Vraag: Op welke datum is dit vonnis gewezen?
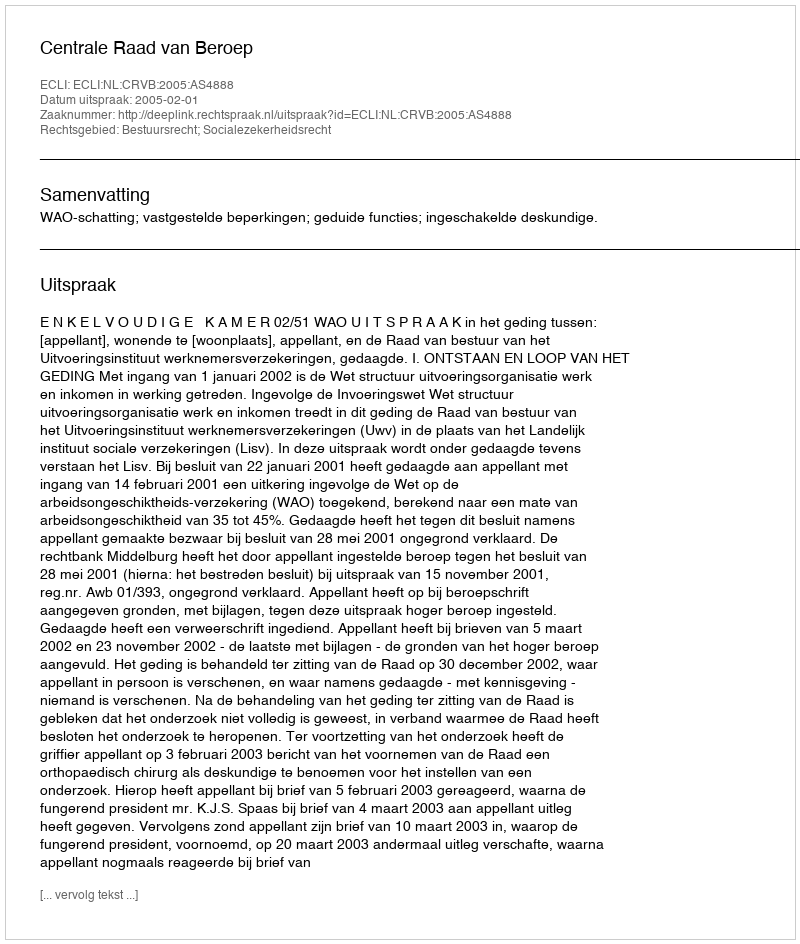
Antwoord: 2005-02-01